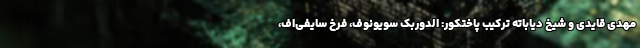
مهدی قایدی و شیخ دیاباته ترکیب پاختکور: الدوربک سویونوف، فرخ سایفی‌اف،